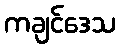
ကချင်ဒေသ